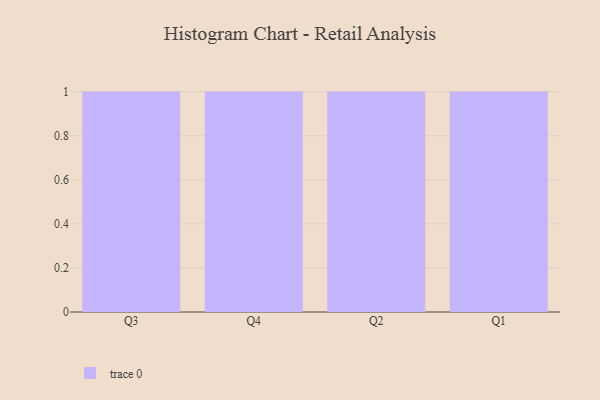
{"axis": {"x": "Quarter", "y": "Headcount"}, "legend": [""], "data": [{"x": "Q3", "y": 83, "type": ""}, {"x": "Q4", "y": 8, "type": ""}, {"x": "Q2", "y": 62, "type": ""}, {"x": "Q1", "y": 78, "type": ""}]}